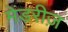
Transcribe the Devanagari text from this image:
मेंडरीज़